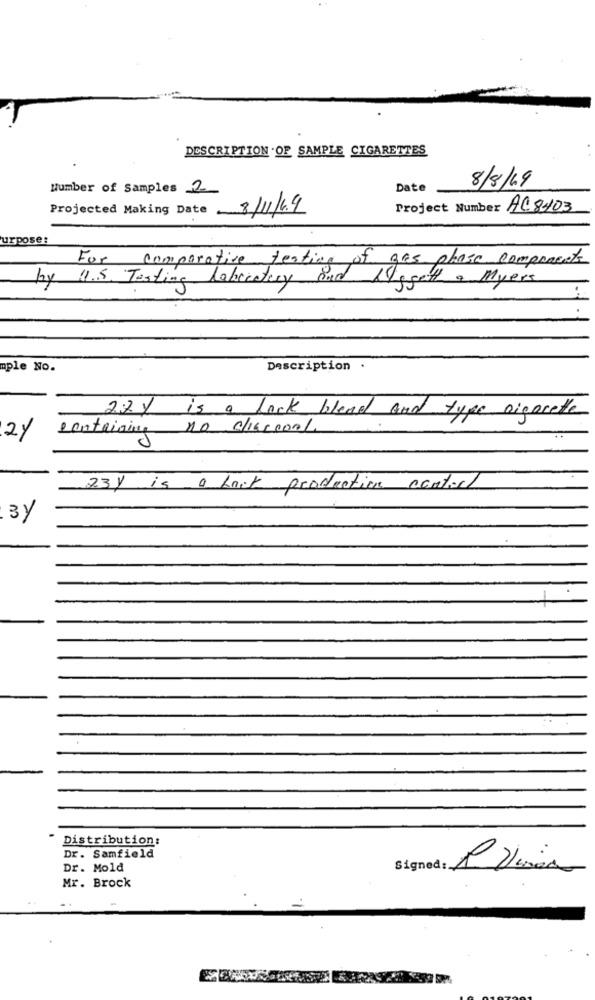
DESCRIPTION OF SAMPLE CIGARETTES
8/8/19
Number of Samples 2
Date
Projected Making Date 8/11/4.9
Project Number AC8403
urpose:
For comparative testing of gas phase compraents
by 1.5. Testing laboratory and Nogeth & Myers
mple No.
Description .
22y is a lock blend and type Digocette
containing no clicco001.
2%
23) is a fact production contiel
3)
Distribution:
Dr. Samfield
Dr. Mold
Mr. Brock